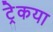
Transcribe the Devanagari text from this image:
ट्रेकया